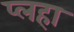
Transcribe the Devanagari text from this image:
प्लहा